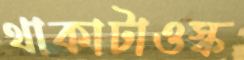
থাকাটাওস্ক